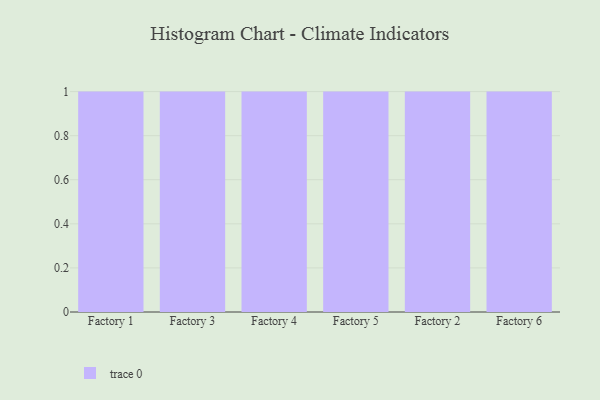
{"axis": {"x": "Factory", "y": "Temperature (°C)"}, "legend": [""], "data": [{"x": "Factory 1", "y": 35, "type": ""}, {"x": "Factory 3", "y": 68, "type": ""}, {"x": "Factory 4", "y": 23, "type": ""}, {"x": "Factory 5", "y": 98, "type": ""}, {"x": "Factory 2", "y": 57, "type": ""}, {"x": "Factory 6", "y": 97, "type": ""}]}